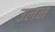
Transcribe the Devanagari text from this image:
उलन